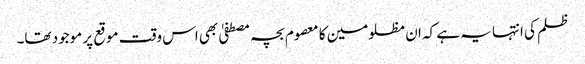
ظلم کی انتہا یہ ہے کہ ان مظلومین کا معصوم بچہ مصطفیٰ بھی اس وقت موقع پر موجود تھا۔